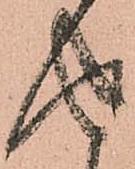
返